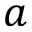
a